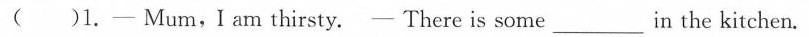
( )1.- Mum,I am thirsty.- There is some_in the kitchen.